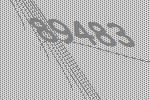
89483